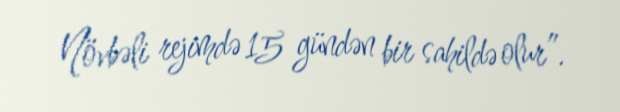
Növbəli rejimdə 15 gündən bir sahildə olur”.